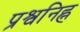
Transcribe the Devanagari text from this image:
प्रश्वनिह्न